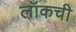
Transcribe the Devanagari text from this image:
लॉकची